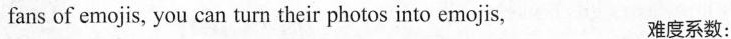
fans of emojis, you can turn their photos into emojis, 难度系数: